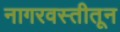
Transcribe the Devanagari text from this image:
नागरवस्तीतून